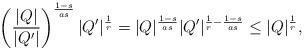
LaTeX: \begin{align*}\left(\frac{|Q|}{|Q^{\prime}|}\right)^{\frac{1-s}{as}}|Q^{\prime}|^{\frac{1}{r}}=|Q|^{\frac{1-s}{as}}|Q^{\prime}|^{\frac{1}{r}-\frac{1-s}{as}}\leq|Q|^{\frac{1}{r}},\end{align*}